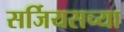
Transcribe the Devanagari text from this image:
सर्जियसच्या